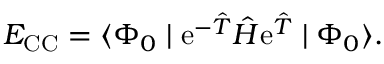
E _ { \mathrm { C C } } = \langle \Phi _ { 0 } \mid \mathrm { e } ^ { - \hat { T } } \hat { H } \mathrm { e } ^ { \hat { T } } \mid \Phi _ { 0 } \rangle .